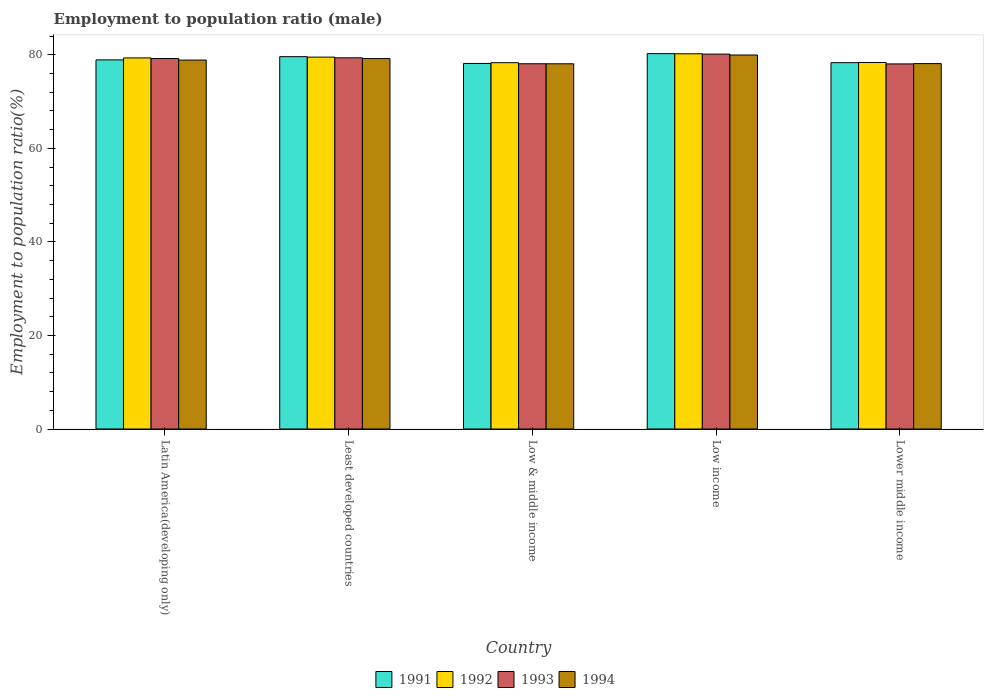
| Country | 1991 | 1992 | 1993 | 1994 |
 | --- | --- | --- | --- | --- |
 | Latin America(developing only) | 78.9 | 79.3 | 79.2 | 78.9 |
 | Least developed countries | 79.6 | 79.5 | 79.3 | 79.2 |
 | Low & middle income | 78.1 | 78.3 | 78.1 | 78.1 |
 | Low income | 80.2 | 80.2 | 80.1 | 79.9 |
 | Lower middle income | 78.3 | 78.3 | 78 | 78.1 |